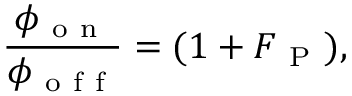
\frac { \phi _ { \mathrm { ~ o ~ n ~ } } } { \phi _ { \mathrm { ~ o ~ f ~ f ~ } } } = ( 1 + F _ { \mathrm { ~ P ~ } } ) ,